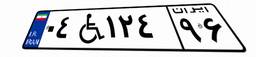
۰۳W۲۱۰۳۴